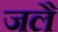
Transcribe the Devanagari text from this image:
जलै